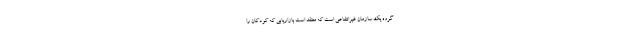
گروه یک سازمان غیرانتفاعی است که معتقد است بازاریابی که کودکان را